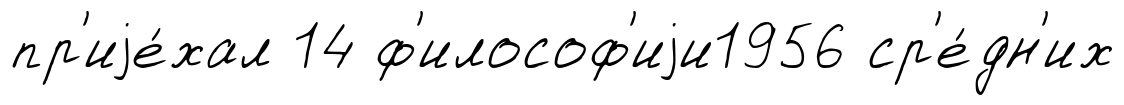
пр'иjе́хал 14 ф'илософ'иjи1956 ср'е́дн'их